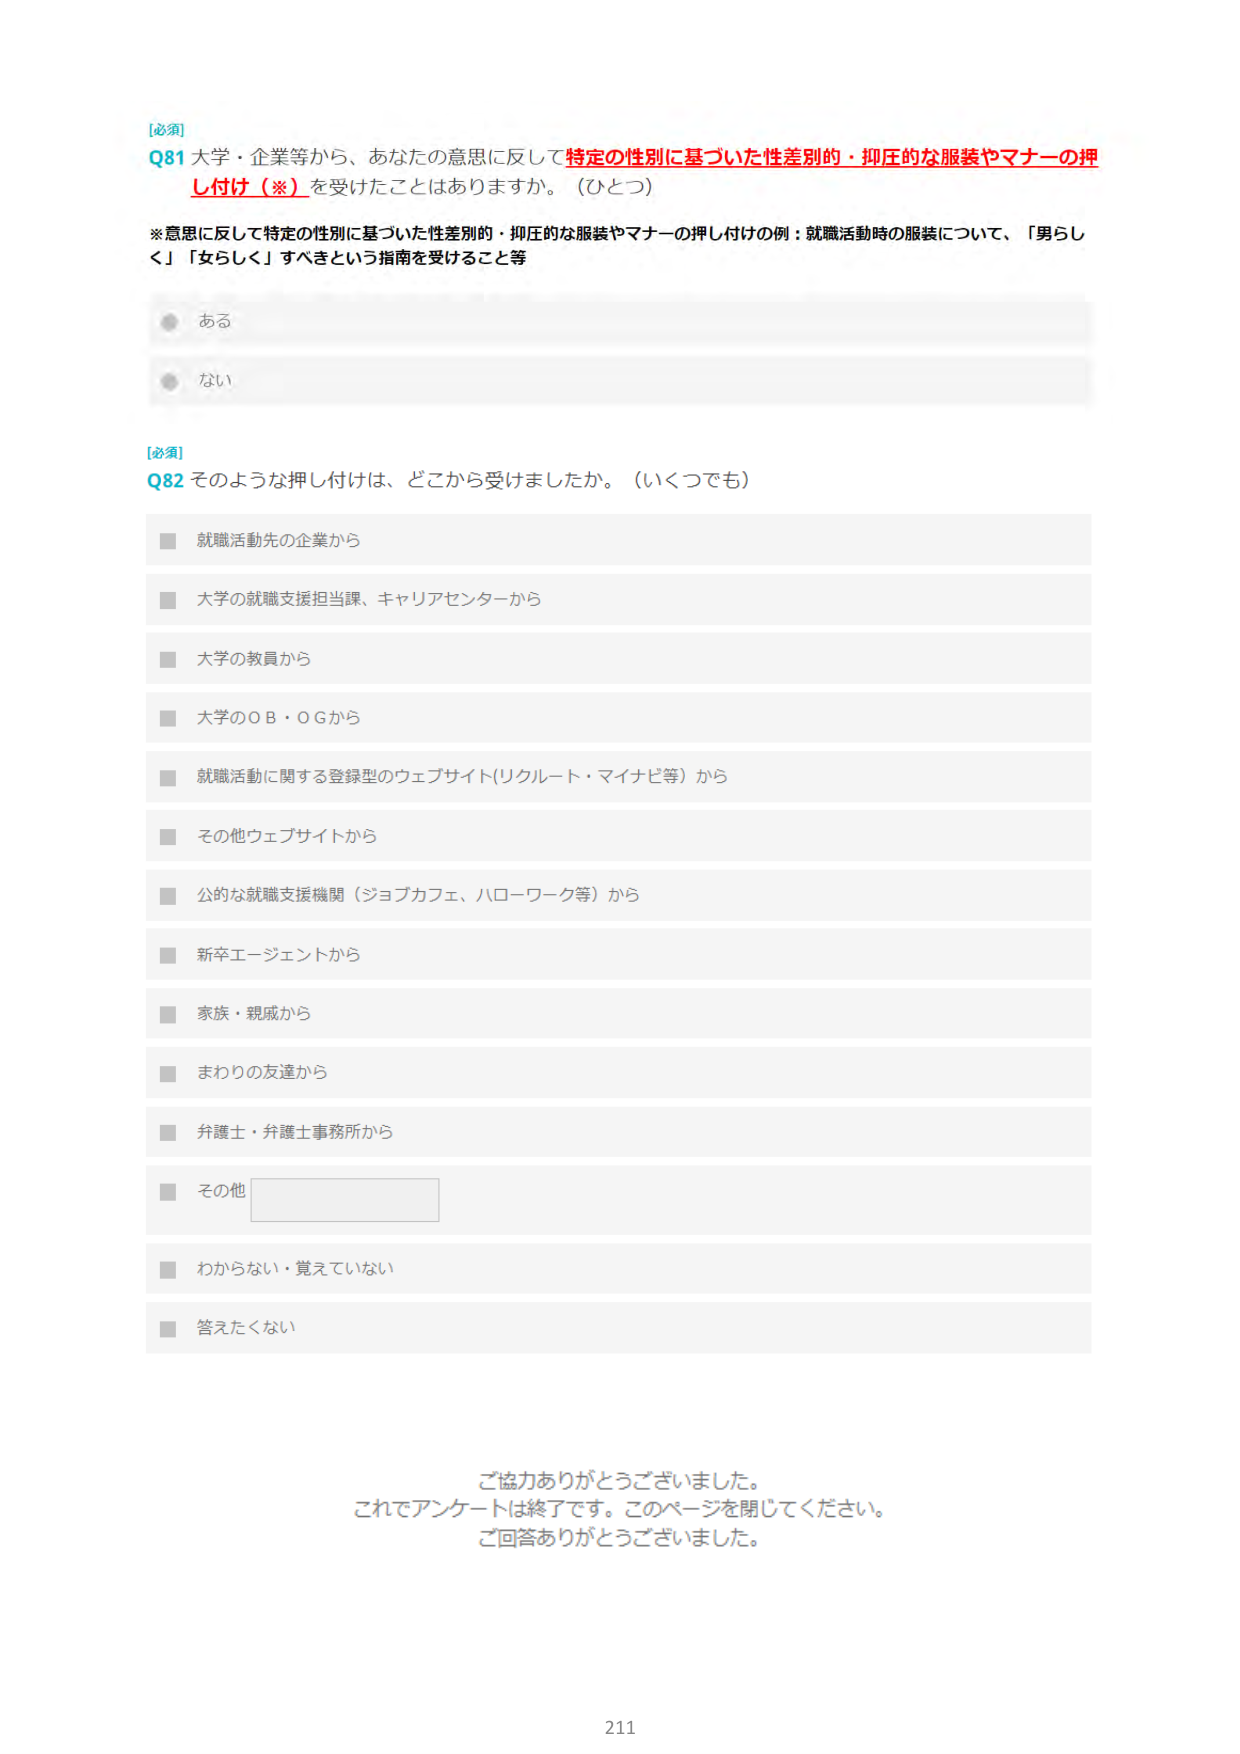
[必須]
Q81 大学・企業等から、あなたの意思に反して特定の性別に基づいた性差別的・抑圧的な服装やマナーの押し付け（※）を受けたことはありますか。（ひとつ）
※意思に反して特定の性別に基づいた性差別的・抑圧的な服装やマナーの押し付けの例：就職活動時の服装について、「男らしく」「女らしく」すべきという指導を受けること等

　　● ある
　　● ない

[必須]
Q82 そのような押し付けは、どこから受けましたか。（いくつでも）
　　■ 就職活動先の企業から
　　■ 大学の就職支援担当課、キャリアセンターから
　　■ 大学の教員から
　　■ 大学のＯＢ・ＯＧから
　　■ 就職活動に関する登録型のウェブサイト（リクルート・マイナビ等）から
　　■ その他ウェブサイトから
　　■ 公的な就職支援機関（ジョブカフェ、ハローワーク等）から
　　■ 新卒エージェントから
　　■ 家族・親戚から
　　■ まわりの友達から
　　■ 弁護士・弁護士事務所から
　　■ その他 [　　　　　　　　　　　]
　　■ わからない・覚えていない
　　■ 答えたくない

ご協力ありがとうございました。
これでアンケートは終了です。このページを閉じてください。
ご回答ありがとうございました。

211